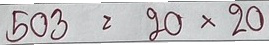
503 = 20x20